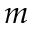
m